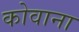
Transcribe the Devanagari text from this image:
कोवाना